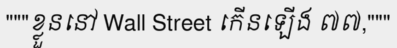
"""ខ្លួននៅ Wall Street កើនឡើង ៧៧,"""